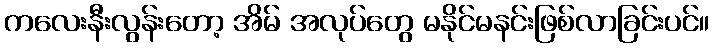
ကလေးနီးလွန်းတော့ အိမ် အလုပ်တွေ မနိုင်မနင်းဖြစ်လာခြင်းပင်။